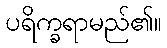
ပရိက္ခရာမည်၏။